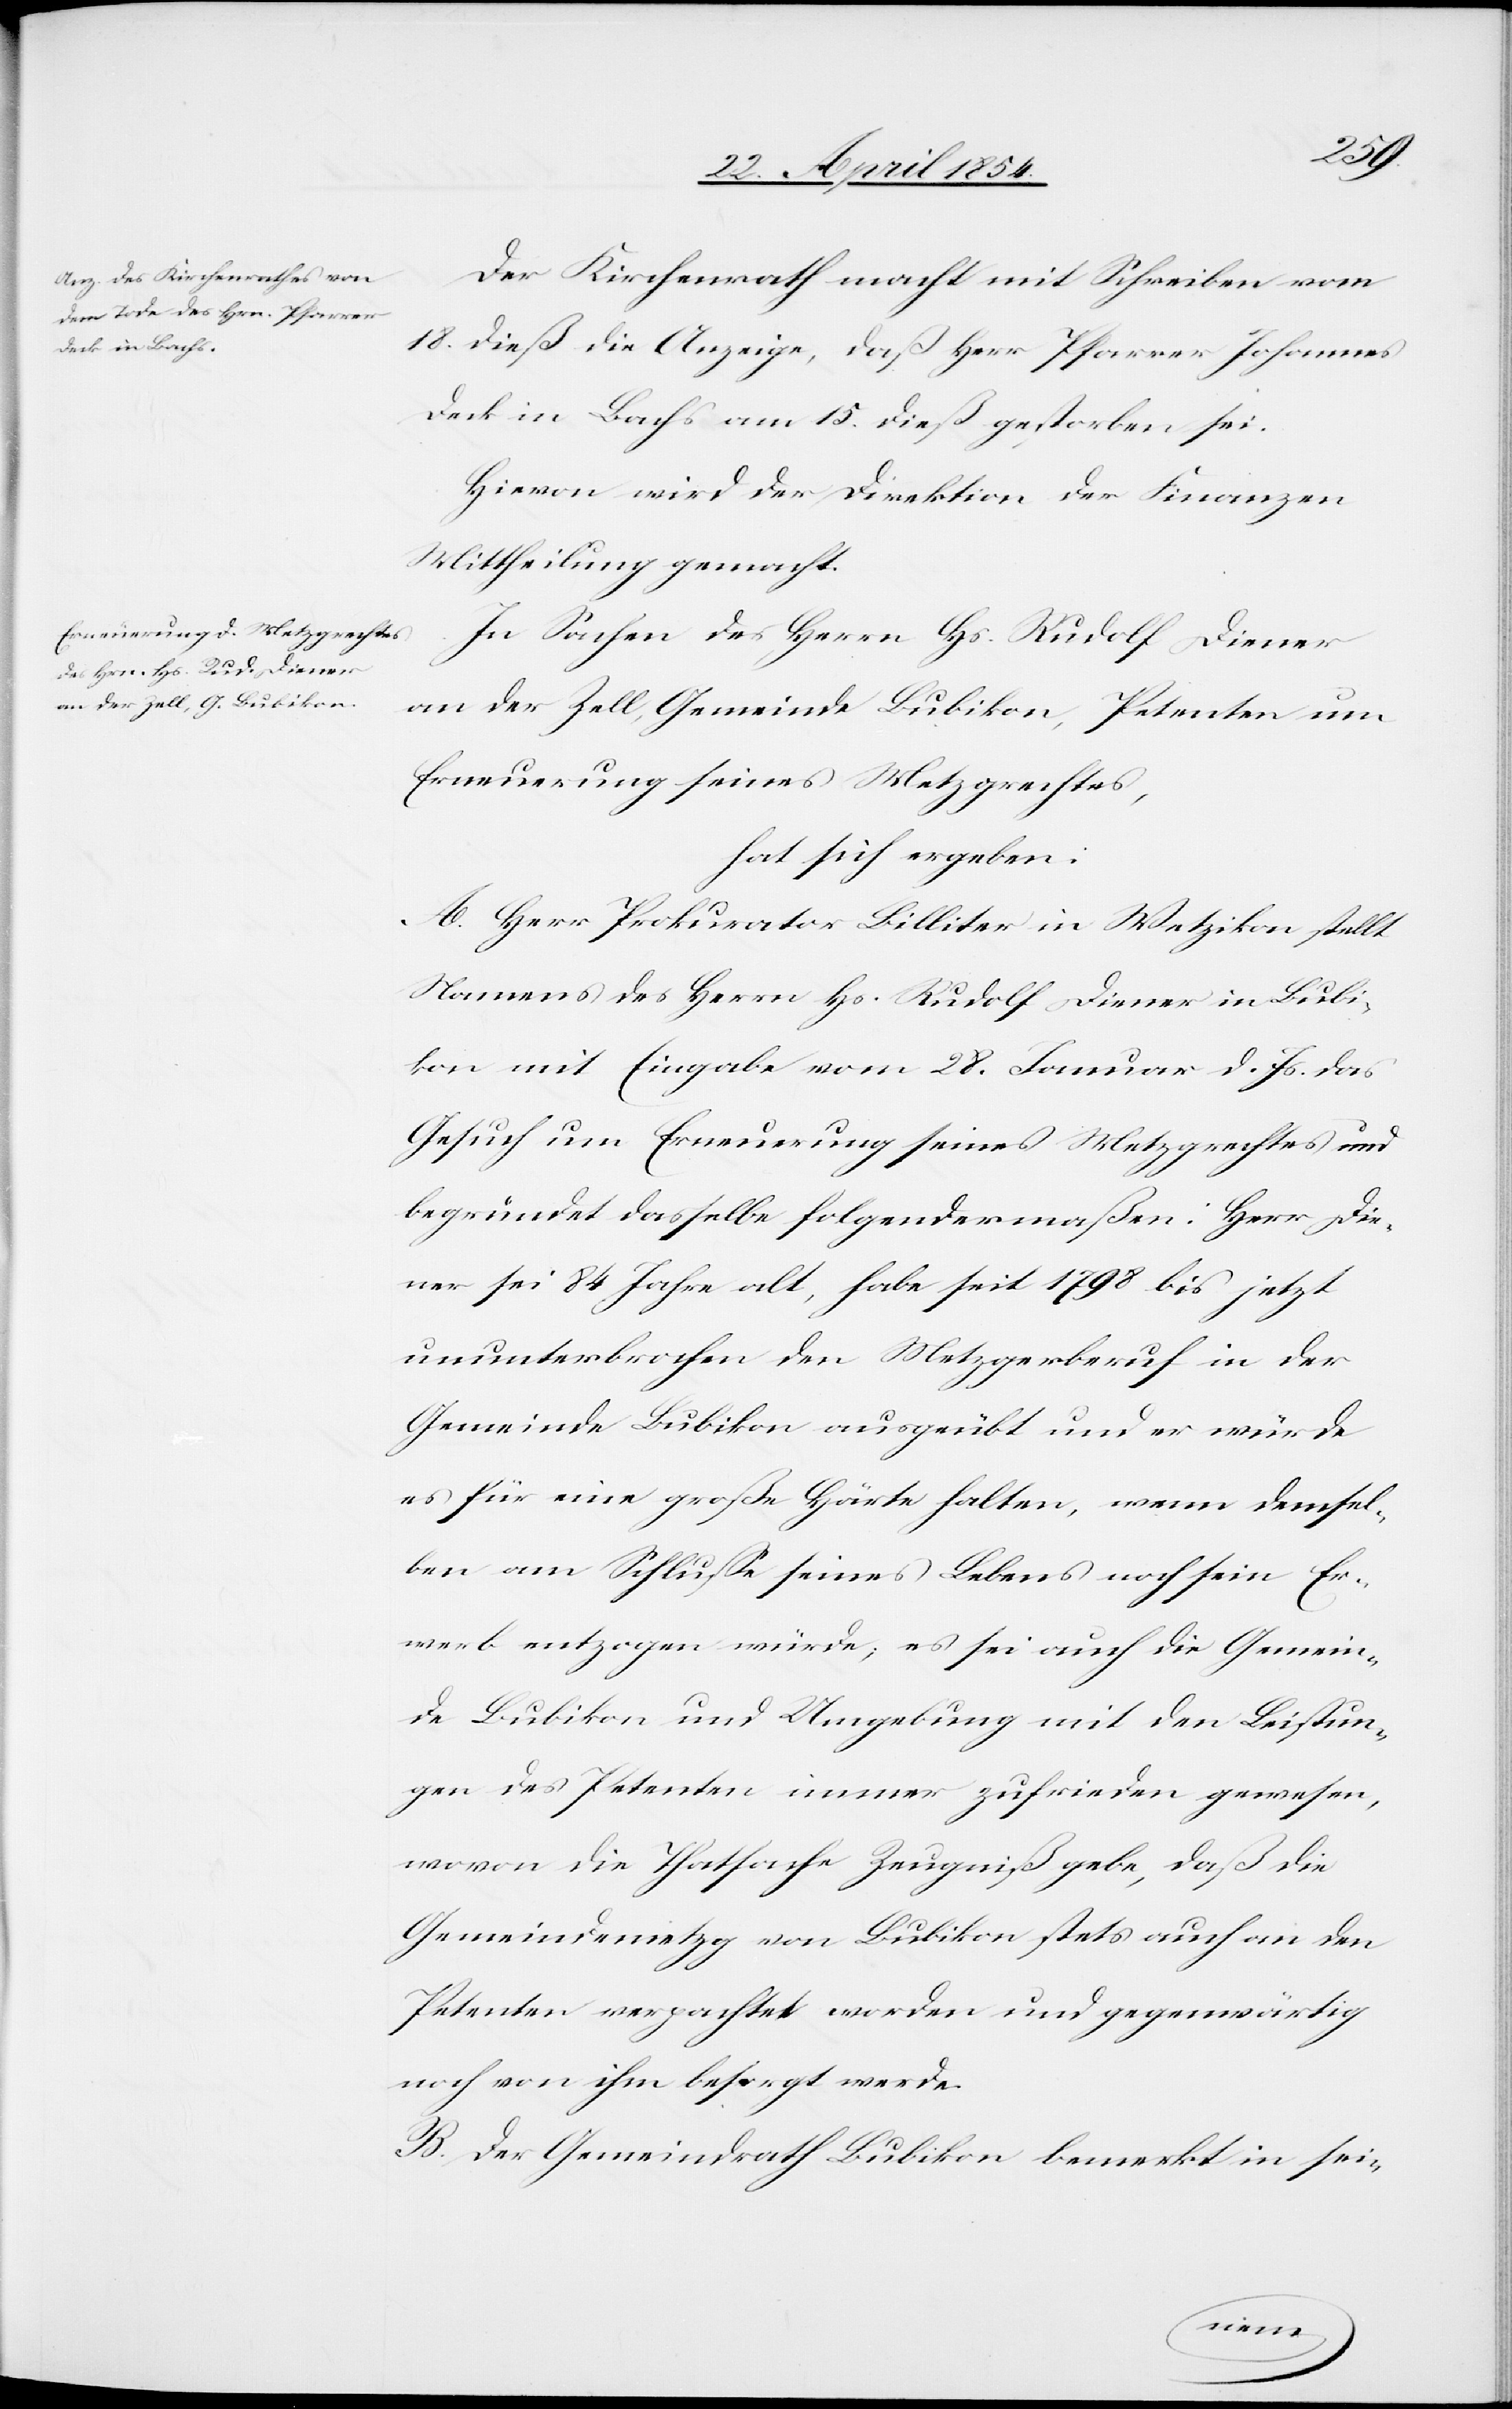
Der Kirchenrath macht mit Schreiben vom
18. dieß die Anzeige, daß Herr Pfarrer Johannes
Deck in Bachs am 15. dieß gestorben sei.
Hievon wird der Direktion der Finanzen
Mittheilung gemacht.
In Sachen des Herrn Hs. Rudolf Diener
an der Zell, Gemeinde Bubikon, Petenten um
Erneuerung seines Metzgrechtes,
hat sich ergeben:
A. Herr Prokurator Billiter in Wetzikon stellt
Namens des Herrn Hs. Rudolf Diener in Bubi¬
kon mit Eingabe vom 28. Januar d. Js. das
Gesuch um Erneuerung seines Metzgrechtes und
begründet dasselbe folgendermaßen: Herr Die¬
ner sei 84 Jahre alt, habe seit 1798 bis jetzt
ununterbrochen den Metzgerberuf in der
Gemeinde Bubikon ausgeübt und er würde
es für eine große Härte halten, wenn demsel¬
ben am Schluße seines Lebens noch sein Er¬
werb entzogen würde; es sei auch die Gemein¬
de Bubikon und Umgebung mit den Leistun¬
gen des Petenten immer zufrieden gewesen,
wovon die Thatsache Zeugniß gebe, daß die
Gemeindemetzg von Bubikon stets auch an den
Petenten verpachtet worden und gegenwärtig
noch von ihm besorgt werde.
B. Der Gemeindrath Bubikon bemerkt in sei-